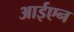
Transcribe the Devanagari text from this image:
आईएन